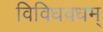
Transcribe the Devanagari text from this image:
विविधवधम्